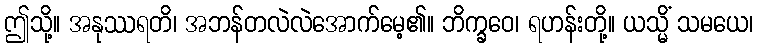
ဤသို့။ အနုဿရတိ၊ အဘန်တလဲလဲအောက်မေ့၏။ ဘိက္ခဝေ၊ ရဟန်းတို့။ ယသ္မိံ သမယေ၊